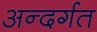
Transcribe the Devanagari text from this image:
अन्दर्गत